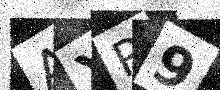
Text: AXP9